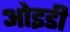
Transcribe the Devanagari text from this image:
ओइडी